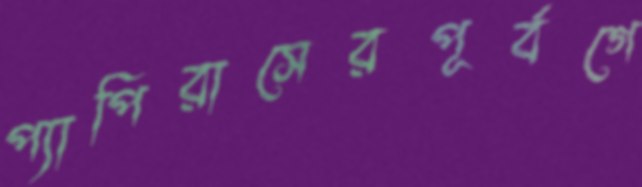
প্যাপিরাসেরপূর্বগে